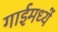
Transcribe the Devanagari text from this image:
गाईमध्यें